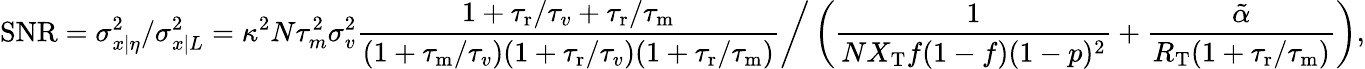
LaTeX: \mathrm{SNR}=\sigma_{x|\eta}^{2}/\sigma_{x|L}^{2}=\kappa^{2}N\tau_{m}^{2}\sigma_{v}^{2}\frac{1+{\tau_{\mathrm{r}}}/{\tau_{v}}+{\tau_{\mathrm{r}}}/{\tau_{\mathrm{m}}}}{(1+{\tau_{\mathrm{m}}}/{\tau_{v}})(1+{\tau_{\mathrm{r}}}/\tau_{v})(1+{\tau_{\mathrm{r}}}/{\tau_{\mathrm{m}}})}\bigg/\left(\frac{1}{NX_{\mathrm{T}}f(1-f)(1-p)^{2}}+\frac{\tilde{\alpha}}{R_{\mathrm{T}}(1+{\tau_{\mathrm{r}}}/{\tau_{\mathrm{m}}})}\right),